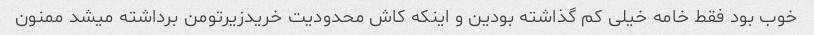
خوب بود فقط خامه خیلی کم گذاشته بودین و اینکه کاش محدودیت خریدزیرتومن برداشته میشد ممنون